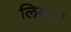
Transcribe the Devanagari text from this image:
लिया।।